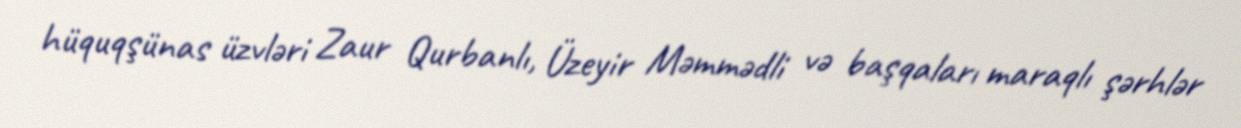
hüquqşünas üzvləri Zaur Qurbanlı, Üzeyir Məmmədli və başqaları maraqlı şərhlər